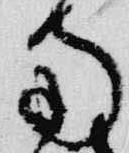
南